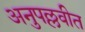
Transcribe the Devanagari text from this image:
अनुपल्लवीत